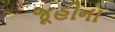
જૂહીના